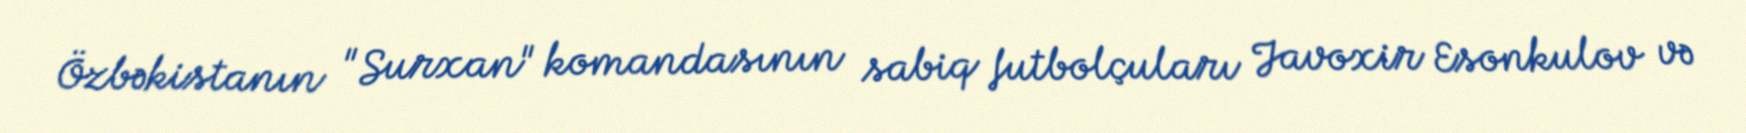
Özbəkistanın "Surxan" komandasının sabiq futbolçuları Javoxir Esonkulov və